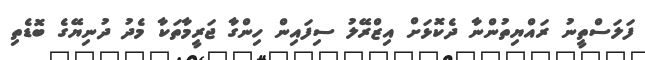
ފަލަސްތީނު ރައްޔިތުންނާ ދެކޮޅަށް އިޒްރޭލު ސިފައިން ހިންގާ ޖަރީމާތަކާ މެދު ދުނިޔޭގެ ބޮޑެތި